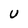
Character: U